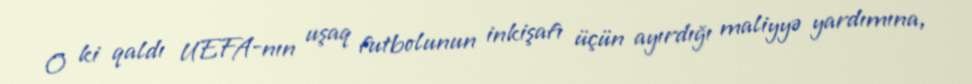
O ki qaldı UEFA-nın uşaq futbolunun inkişafı üçün ayırdığı maliyyə yardımına,